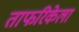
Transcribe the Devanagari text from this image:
ताफरिकेला